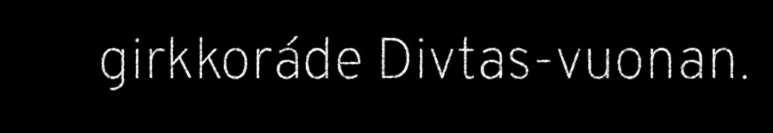
girkkoráde Divtas-vuonan.